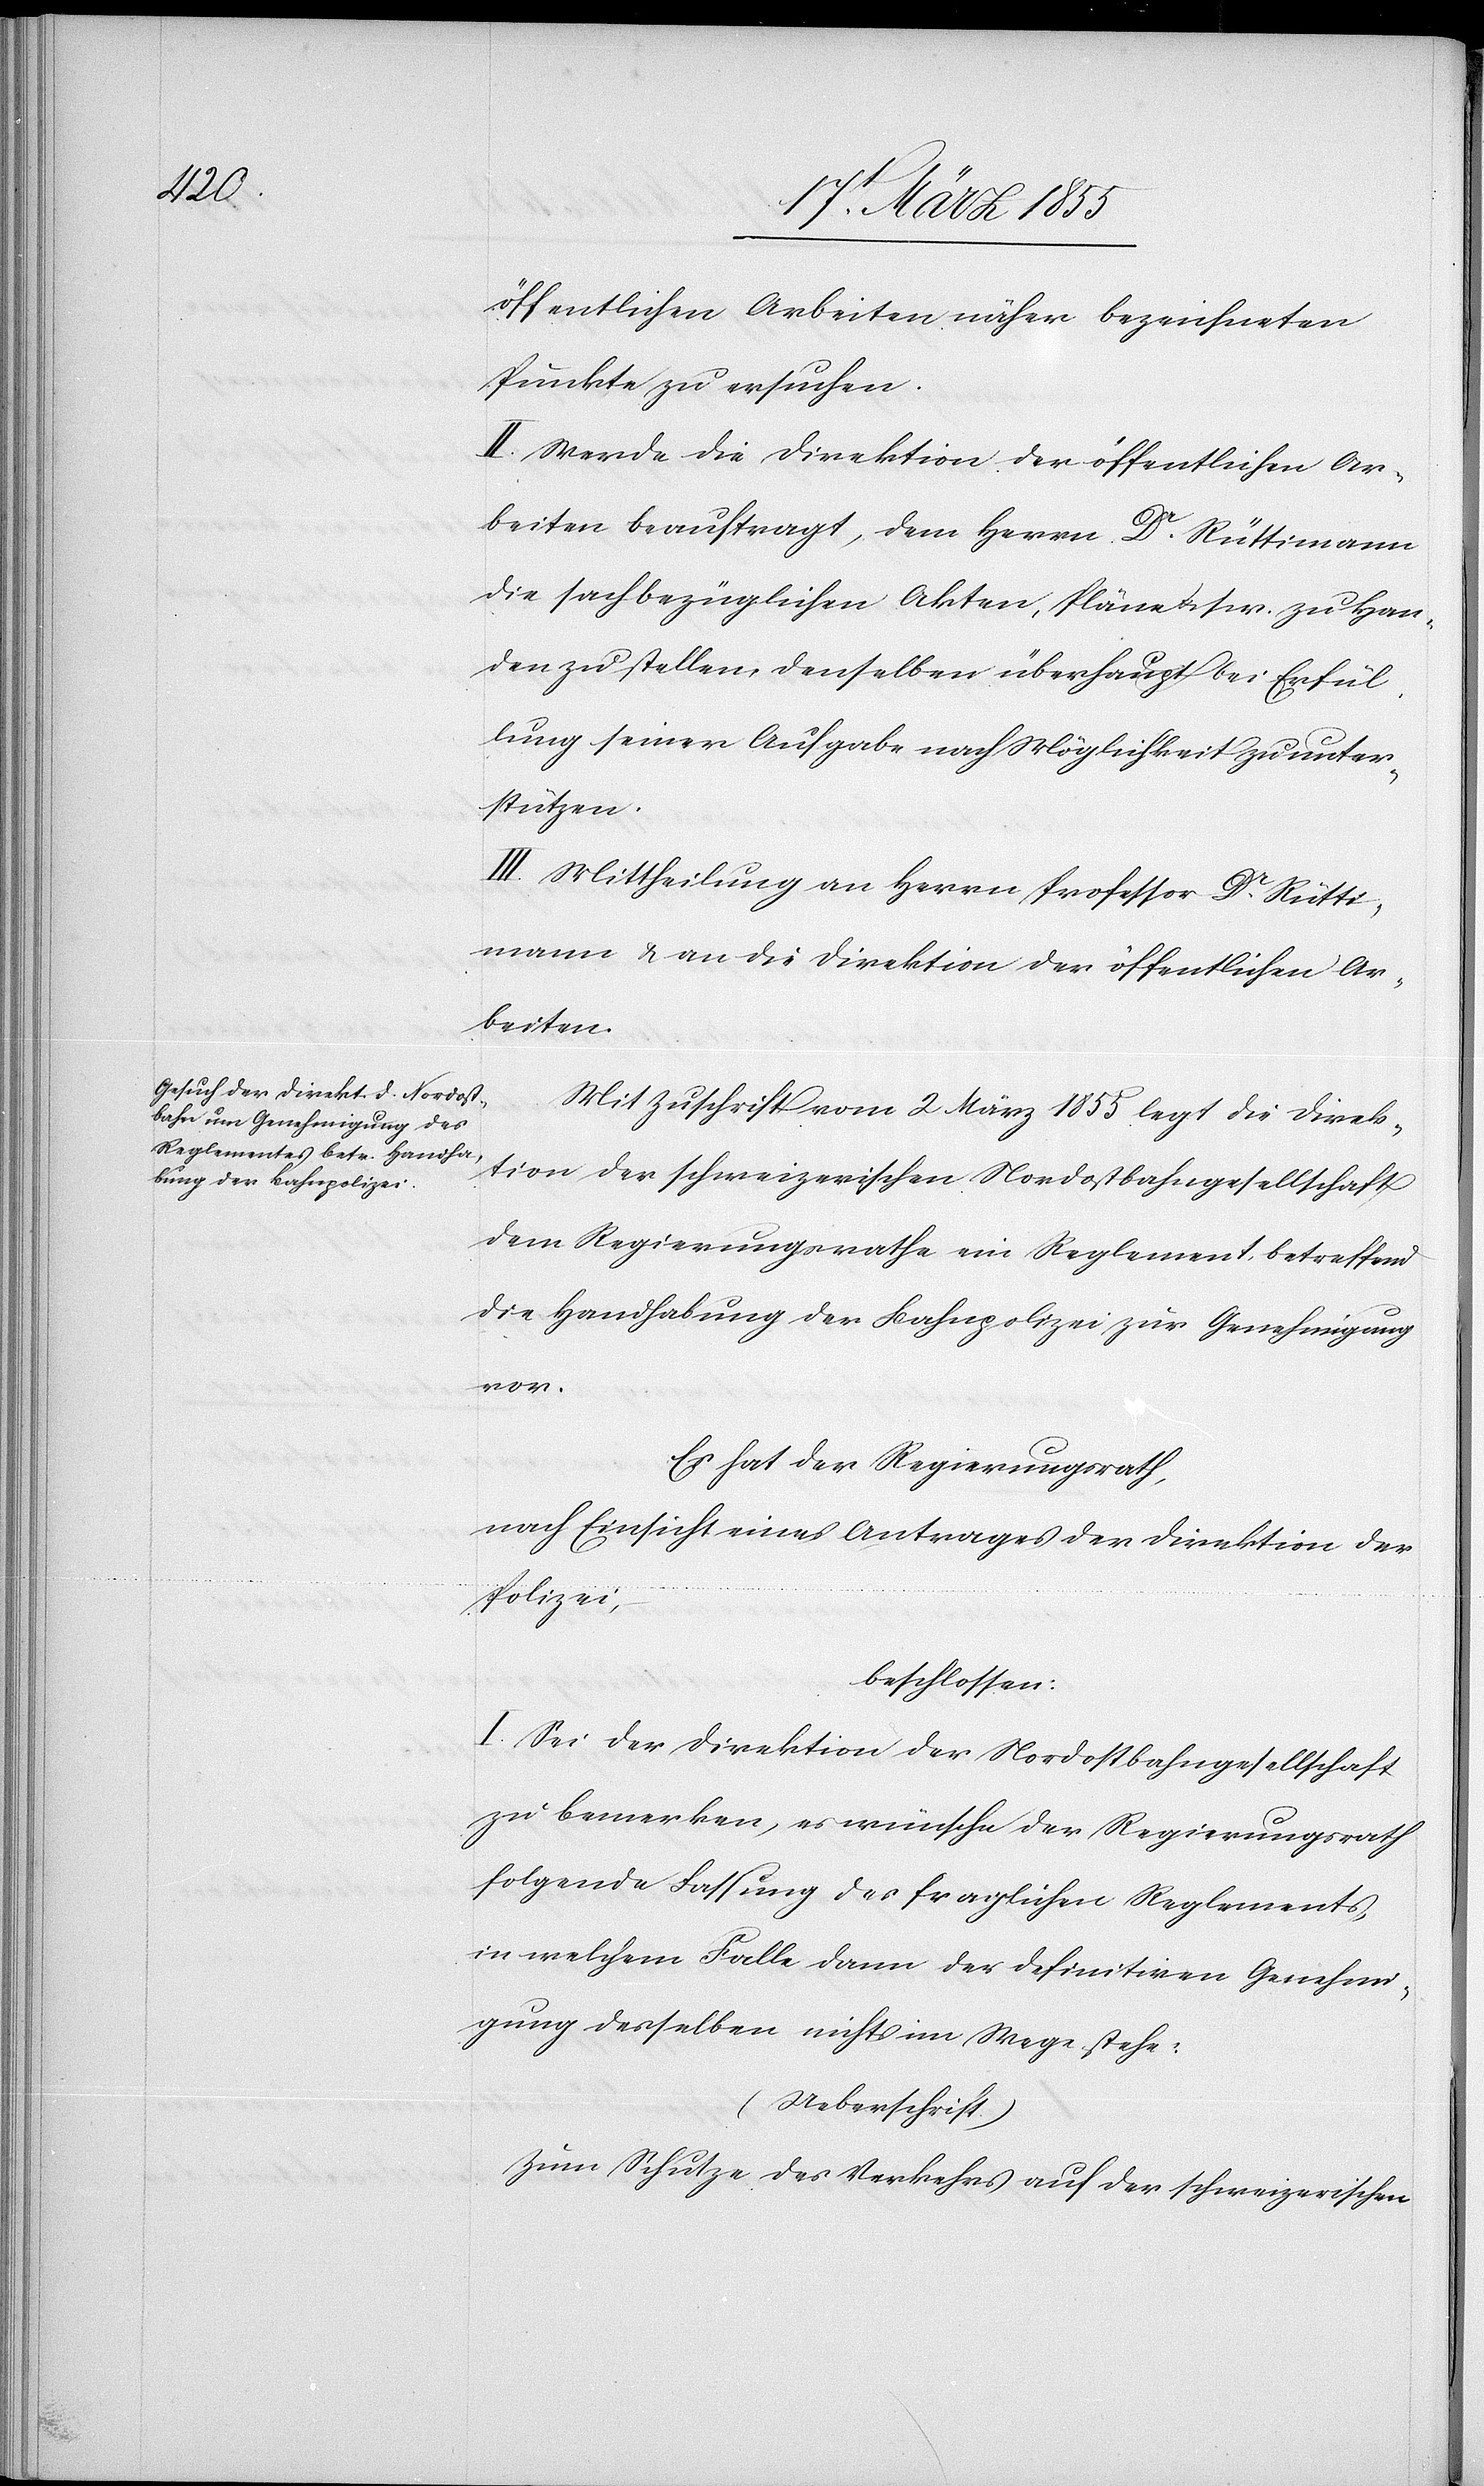
öffentlichen Arbeiten näher bezeichneten
Punkte zu ersuchen.
II. Werde die Direktion der öffentlichen Ar¬
beiten beauftragt, dem Herrn Dr. Rüttimann
die sachbezüglichen Akten, Pläne & s. w. zu Han¬
den zu stellen, denselben überhaupt bei Erfül¬
lung seiner Aufgabe nach Möglichkeit zu unter¬
stützen.
III. Mittheilung an Herrn Professor Dr. Rütti¬
mann & an die Direktion der öffentlichen Ar¬
beiten.
Mit Zuschrift vom 2 März 1855 legt die Direk¬
tion der schweizerischen Nordostbahngesellschaft
dem Regierungsrathe ein Reglement, betreffend
die Handhabung der Bahnpolizei zur Genehmigung
vor.
Es hat der Regierungsrath,
nach Einsicht eines Antrages der Direktion der
Polizei,
beschlossen:
I. Sei der Direktion der Nordostbahngesellschaft
zu bemerken, es wünsche der Regierungsrath
folgende Fassung des fraglichen Reglements,
in welchem Falle dann der definitiven Genehmi¬
gung desselben nichts im Wege stehe:
(Ueberschrift.)
Zum Schutze des Verkehrs auf der schweizerischen